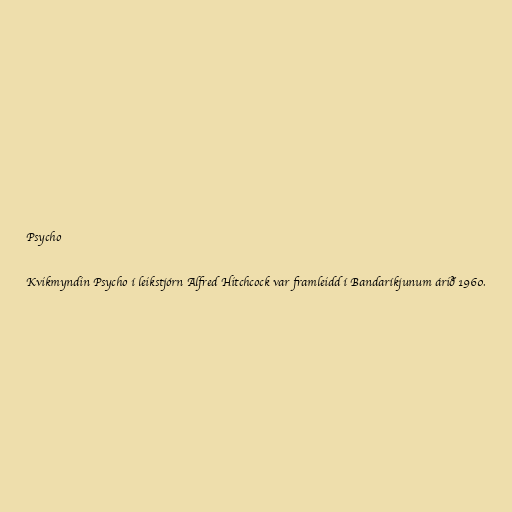
Psycho

Kvikmyndin Psycho í leikstjórn Alfred Hitchcock var framleidd í Bandaríkjunum árið 1960.